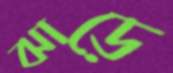
ঝাড়ে